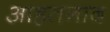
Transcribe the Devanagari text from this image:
आहतनाद